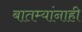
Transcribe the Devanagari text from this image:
बातम्यांनाही